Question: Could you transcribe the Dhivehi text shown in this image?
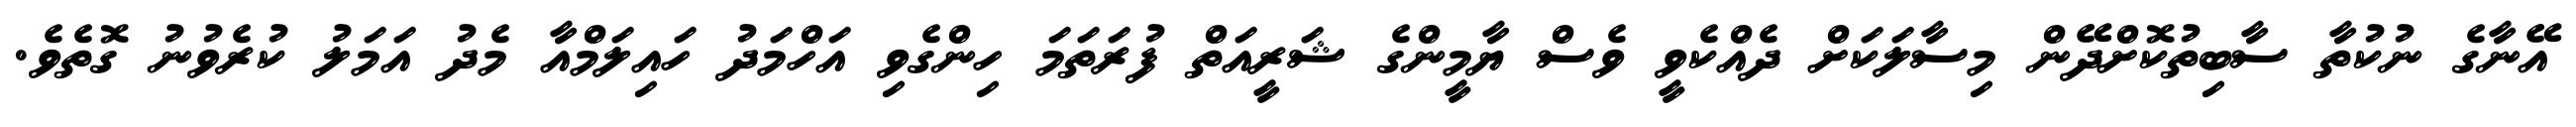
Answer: އޭނާގެ ނުކުތާ ސާބިތުކޮށްދޭން މިސާލަކަށް ދެއްކެވީ ވެސް ޔާމީންގެ ޝަރީއަތް ފުރަތަމަ ހިންގެވި އަހްމަދު ހައިލަމްއާ މެދު އަމަލު ކުރެވުނު ގޮތެވެ.